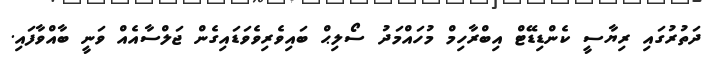
ދަތުރުގައި ރިޔާސީ ކެންޑިޑޭޓް އިބްރާހިމް މުހައްމަދު ސޯލިޙް ބައިވެރިވެވަޑައިގެން ޖަލްސާއެއް ވަނީ ބާއްވާފައި.